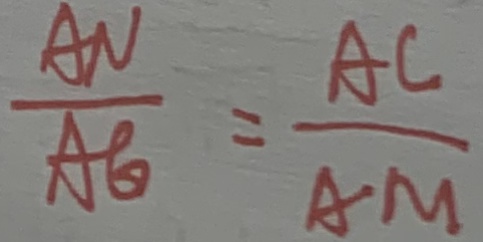
\frac { A N } { A G } = \frac { A C } { A M }